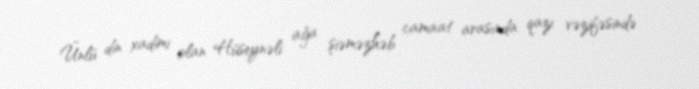
Ünlü din xadimi olan Hüseynəli ağa şiəməzhəb camaat arasında qazı vəzifəsində